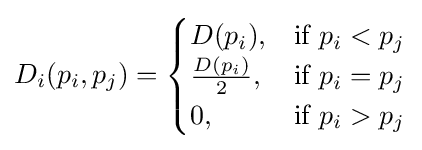
D_{i}(p_{i},p_{j})={\begin{cases}D(p_{i}),&{\text{if }}p_{i}<p_{j}\\{\frac {D(p_{i})}{2}},&{\text{if }}p_{i}=p_{j}\\0,&{\text{if }}p_{i}>p_{j}\end{cases}}